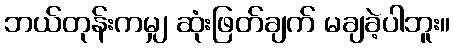
ဘယ်တုန်းကမျှ ဆုံးဖြတ်ချက် မချခဲ့ပါဘူး။